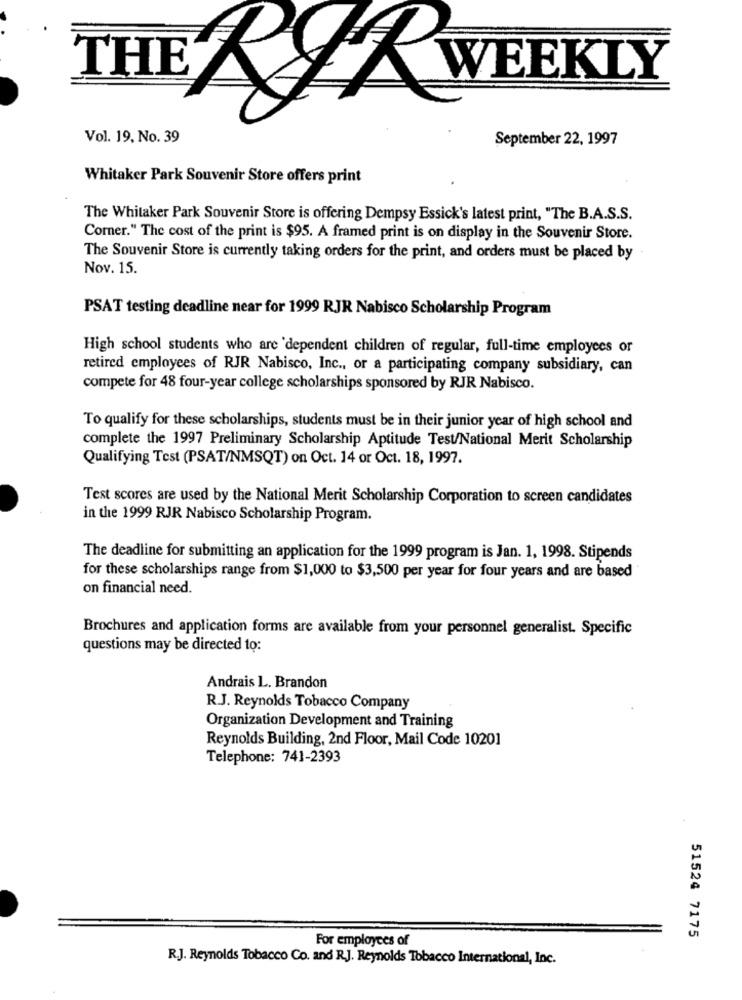
THE
ERAR WEEKLY
Vol. 19, No. 39
September 22, 1997
Whitaker Park Souvenir Store offers print
The Whitaker Park Souvenir Store is offering Dempsy Essick's latest print, "The B.A.S.S.
Comer." The cost of the print is $95. A framed print is on display in the Souvenir Store.
The Souvenir Store is currently taking orders for the print, and orders must be placed by
Nov. 15.
PSAT testing deadline near for 1999 RJR Nabisco Scholarship Program
High school students who are dependent children of regular, full-time employees or
retired employees of RJR Nabisco, Inc ., or a participating company subsidiary, can
compete for 48 four-year college scholarships sponsored by RJR Nabisco.
To qualify for these scholarships, students must be in their junior year of high school and
complete the 1997 Preliminary Scholarship Aptitude Test/National Merit Scholarship
Qualifying Test (PSAT/NMSQT) on Oct. 14 or Oct. 18, 1997.
Test scores are used by the National Merit Scholarship Corporation to screen candidates
in the 1999 RJR Nabisco Scholarship Program.
The deadline for submitting an application for the 1999 program is Jan. 1, 1998. Stipends
for these scholarships range from $1,000 to $3,500 per year for four years and are based
on financial need.
Brochures and application forms are available from your personnel generalist. Specific
questions may be directed to:
Andrais L. Brandon
R.J. Reynolds Tobacco Company
Organization Development and Training
Reynolds Building, 2nd Floor, Mail Code 10201
Telephone: 741-2393
For employees of
51524 7175
R.J. Reynolds Tobacco Co. and R.J. Reynolds Tobacco International, Inc.